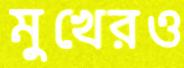
মুখেরও